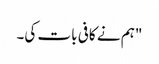
"ہم نے کافی بات کی۔